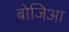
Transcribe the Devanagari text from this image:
बोजिआ